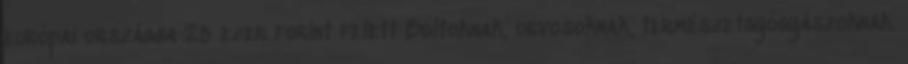
európai országba 25 ezer forint felett Boltoknak, orvosoknak, természetgyógyászoknak.